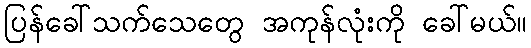
ပြန်ခေါ်သက်သေတွေ အကုန်လုံးကို ခေါ်မယ်။